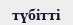
түбітті